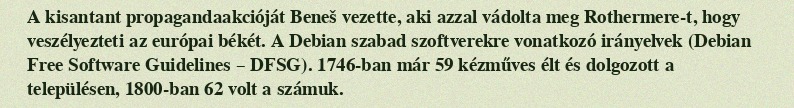
A kisantant propagandaakcióját Beneš vezette, aki azzal vádolta meg Rothermere-t, hogy veszélyezteti az európai békét. A Debian szabad szoftverekre vonatkozó irányelvek (Debian Free Software Guidelines – DFSG). 1746-ban már 59 kézműves élt és dolgozott a településen, 1800-ban 62 volt a számuk.